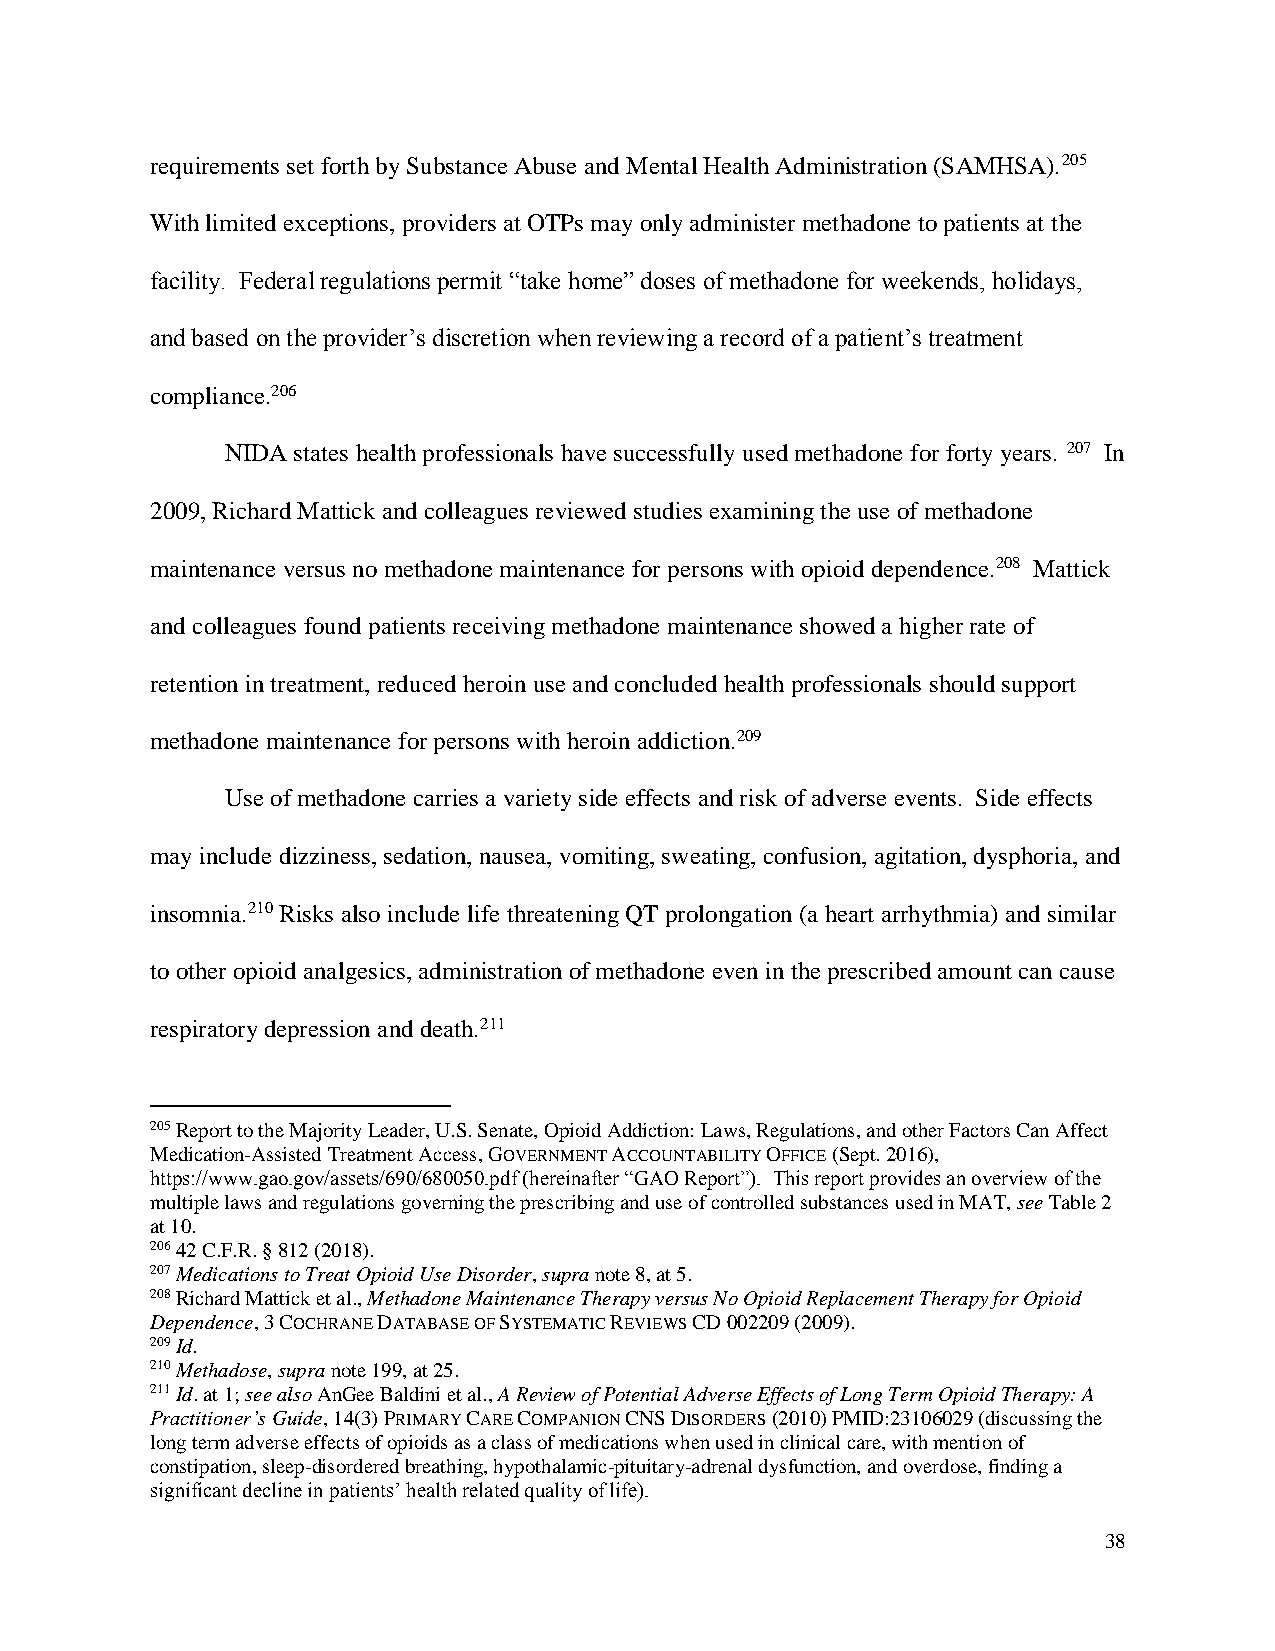
requirements set forth by Substance Abuse and Mental Health Administration (SAMHSA).205
 With limited exceptions, providers at OTPs may only administer methadone to patients at the
 facility. Federal regulations permit “take home” doses of methadone for weekends, holidays,
 and based on the provider’s discretion when reviewing a record of a patient’s treatment
 compliance.206
 NIDA states health professionals have successfully used methadone for forty years. 207 In
 2009, Richard Mattick and colleagues reviewed studies examining the use of methadone
 maintenance versus no methadone maintenance for persons with opioid dependence.208 Mattick
 and colleagues found patients receiving methadone maintenance showed a higher rate of
 retention in treatment, reduced heroin use and concluded health professionals should support
 methadone maintenance for persons with heroin addiction.209
 Use of methadone carries a variety side effects and risk of adverse events. Side effects
 may include dizziness, sedation, nausea, vomiting, sweating, confusion, agitation, dysphoria, and
 insomnia.210 Risks also include life threatening QT prolongation (a heart arrhythmia) and similar
 to other opioid analgesics, administration of methadone even in the prescribed amount can cause
 respiratory depression and death.211
 205 Report to the Majority Leader, U.S. Senate, Opioid Addiction: Laws, Regulations, and other Factors Can Affect
 Medication-Assisted Treatment Access, GOVERNMENT ACCOUNTABILITY OFFICE (Sept. 2016),
 https://www.gao.gov/assets/690/680050.pdf (hereinafter “GAO Report”). This report provides an overview of the
 multiple laws and regulations governing the prescribing and use of controlled substances used in MAT, see Table 2
 at 10.
 206 42 C.F.R. § 812 (2018).
 207 Medications to Treat Opioid Use Disorder, supra note 8, at 5.
 208 Richard Mattick et al., Methadone Maintenance Therapy versus No Opioid Replacement Therapy for Opioid
 Dependence, 3 COCHRANE DATABASE OF SYSTEMATIC REVIEWS CD 002209 (2009).
 209 Id.
 210 Methadose, supra note 199, at 25.
 211 Id. at 1; see also AnGee Baldini et al., A Review of Potential Adverse Effects of Long Term Opioid Therapy: A
 Practitioner’s Guide, 14(3) PRIMARY CARE COMPANION CNS DISORDERS (2010) PMID:23106029 (discussing the
 long term adverse effects of opioids as a class of medications when used in clinical care, with mention of
 constipation, sleep-disordered breathing, hypothalamic-pituitary-adrenal dysfunction, and overdose, finding a
 significant decline in patients’ health related quality of life).
 38